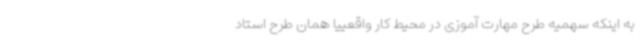
به اینکه سهمیه طرح مهارت آموزی در محیط کار واقعییا همان طرح استاد